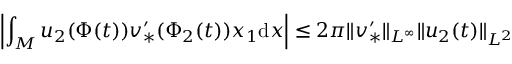
\left| \int _ { M } u _ { 2 } ( \Phi ( t ) ) v _ { * } ^ { \prime } ( \Phi _ { 2 } ( t ) ) x _ { 1 } \mathrm { d } x \right| \leq 2 \pi \| v _ { * } ^ { \prime } \| _ { L ^ { \infty } } \| u _ { 2 } ( t ) \| _ { L ^ { 2 } }